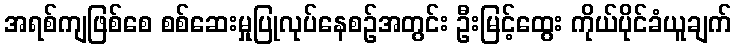
အရစ်ကျဖြစ်စေ စစ်ဆေးမှုပြုလုပ်နေစဉ်အတွင်း ဦးမြင့်ထွေး ကိုယ်ပိုင်ခံယူချက်